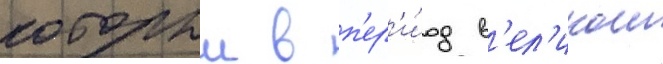
которыи в п'ер'и́од в'ел'икои